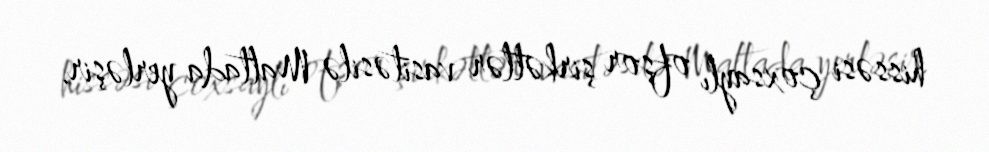
hissəsi çoxsaylı ofşor şirkətlər vasitəsilə Maltada yerləşir.